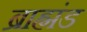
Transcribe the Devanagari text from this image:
ब्राह्मंड